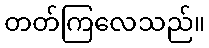
တတ်ကြလေသည်။